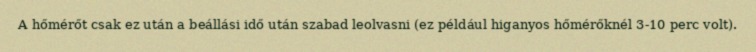
A hőmérőt csak ez után a beállási idő után szabad leolvasni (ez például higanyos hőmérőknél 3-10 perc volt).